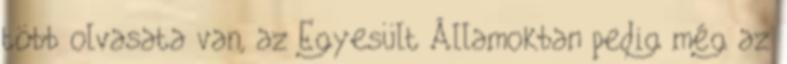
több olvasata van, az Egyesült Államokban pedig még az